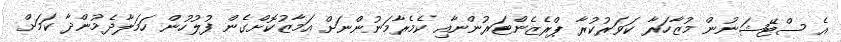
އެ ސްޓޭޝަނުން މުޒާހަރާ ކަވަރުކުރާ ޕްރެޒެންޓަރުންނާއި ކެމެރާމަނުންނަށް އަމާޒުކޮށްގެން ފުލުހުން ހަމަލާދެމުންދާ ކަމަށް